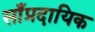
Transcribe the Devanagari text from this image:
साँप्रदायिक